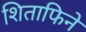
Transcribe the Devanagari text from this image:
शिताफिने